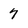
Character: 7